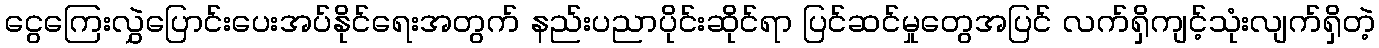
ငွေကြေးလွှဲပြောင်းပေးအပ်နိုင်ရေးအတွက် နည်းပညာပိုင်းဆိုင်ရာ ပြင်ဆင်မှုတွေအပြင် လက်ရှိကျင့်သုံးလျက်ရှိတဲ့